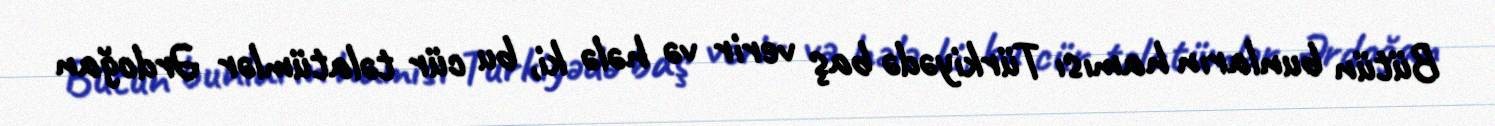
Bütün bunların hamısı Türkiyədə baş verir və hələ ki, bu cür təlatümlər Ərdoğan